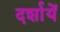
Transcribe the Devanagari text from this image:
दर्शायें